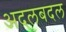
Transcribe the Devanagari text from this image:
अदलबदल